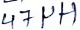
Text: 47µF